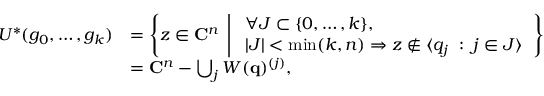
\begin{array} { r l } { U ^ { * } ( g _ { 0 } , \ldots , g _ { k } ) } & { = \left\{ z \in \mathbf { C } ^ { n } \; \left| \; \begin{array} { l } { \forall J \subset \{ 0 , \ldots , k \} , } \\ { | J | < \operatorname* { m i n } ( k , n ) \Rightarrow z \notin \langle q _ { j } \; : \; j \in J \rangle } \end{array} \right. \right\} } \\ & { = \mathbf { C } ^ { n } - \bigcup _ { j } W ( \mathbf { q } ) ^ { ( j ) } , } \end{array}